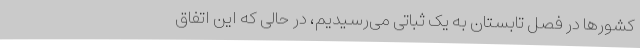
کشورها در فصل تابستان به یک ثباتی می‌رسیدیم، در حالی که این اتفاق